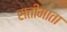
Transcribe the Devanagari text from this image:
सतीमाता